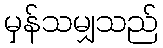
မှန်သမျှသည်